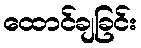
ထောင်ချခြင်း